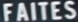
FAITES